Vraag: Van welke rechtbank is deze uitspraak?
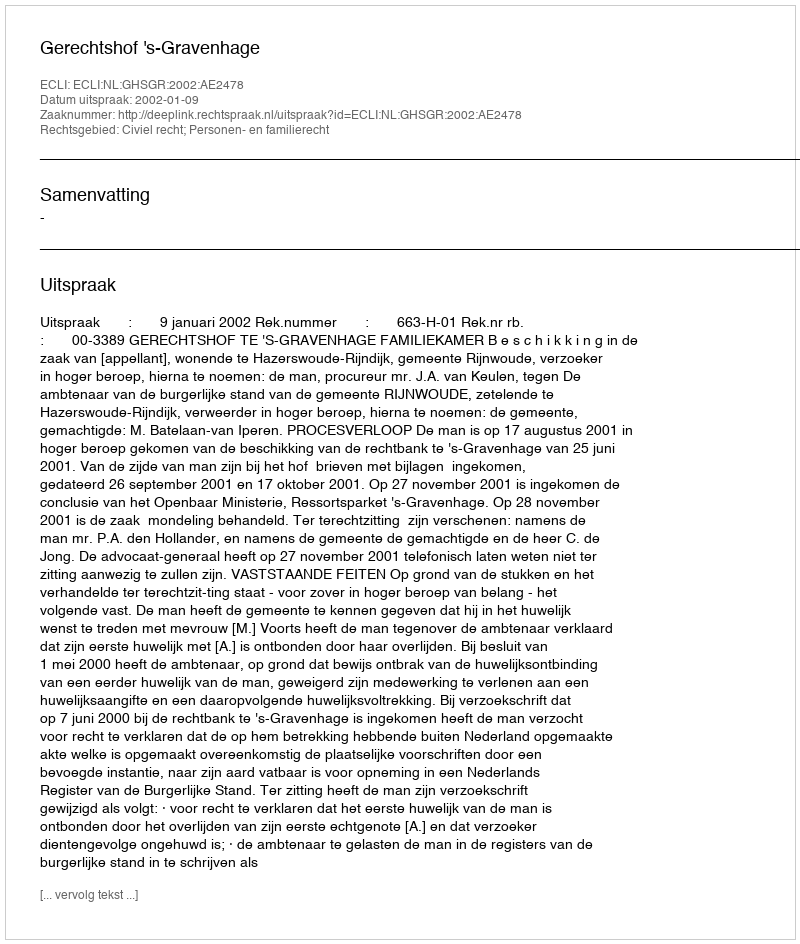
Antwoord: Gerechtshof 's-Gravenhage